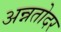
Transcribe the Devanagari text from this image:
अन्नतोदर